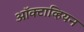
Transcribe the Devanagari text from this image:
ऑक्टाव्हियन